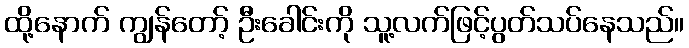
ထို့နောက် ကျွန်တော့် ဦးခေါင်းကို သူ့လက်ဖြင့်ပွတ်သပ်နေသည်။